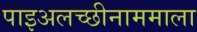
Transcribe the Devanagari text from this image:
पाइअलच्छीनाममाला